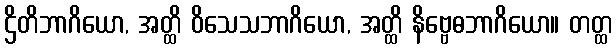
ဌိတိဘာဂိယော, အတ္ထိ ဝိသေသဘာဂိယော, အတ္ထိ နိဗ္ဗေဓဘာဂိယော။ တတ္ထ